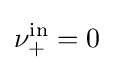
\nu _{+}^{\mathrm {in} }=0